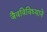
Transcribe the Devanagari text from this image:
जैवविविध्याने